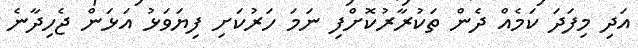
އަދި މިފަދަ ކަމެއް ދެން ތަކުރާރުކޮށްފި ނަމަ ހަރުކަށި ފިޔަވަޅު އަޅަން ޖެހިދާނެ